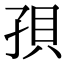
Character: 孭